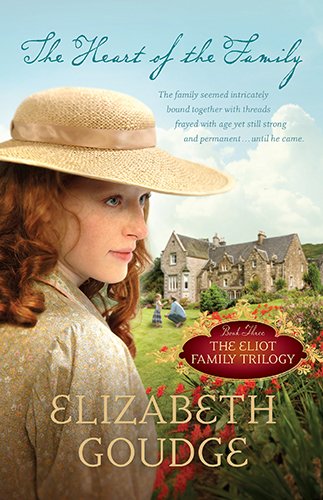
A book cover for The Heart of the Family (Eliot Family Trilogy); Elizabeth Goudge; Romance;